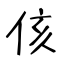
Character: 侅